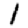
Digit: 1